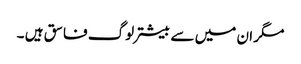
مگر ان میں سے بیشتر لوگ فاسق ہیں ۔